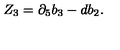
Z _ { 3 } = \partial _ { 5 } b _ { 3 } - d b _ { 2 } .